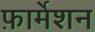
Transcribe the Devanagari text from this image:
फ़ार्मेशन